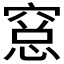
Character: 𥧁